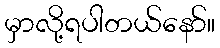
မှာလို့ရပါတယ်နော်။